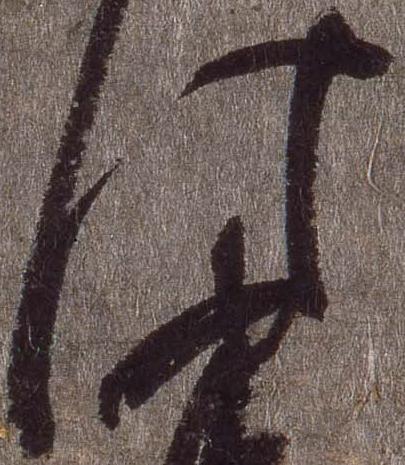
此